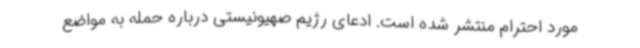
مورد احترام منتشر شده است. ادعای رژیم صهیونیستی درباره حمله به مواضع